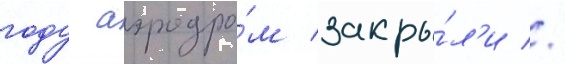
году аэродро́м закры́л'и //